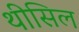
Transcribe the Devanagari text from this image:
थीसिल